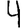
Digit: 4